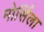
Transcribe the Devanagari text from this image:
मोर्सिला